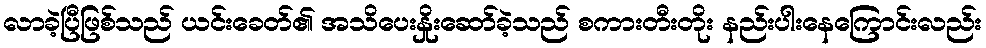
လာခဲ့ပြီဖြစ်သည် ယင်းခေတ်၏ အသိပေးနှိုးဆော်ခဲ့သည် စကားတီးတိုး နည်းပါးနေကြောင်းလည်း